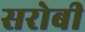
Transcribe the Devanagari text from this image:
सरोबी